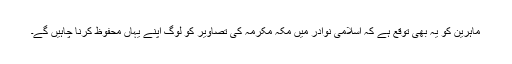
ماہرین کو یہ بھی توقع ہے کہ اسلامی نوادر میں مکہ مکرمہ کی تصاویر کو لوگ اپنے یہاں محفوظ کرنا چاہیں گے۔